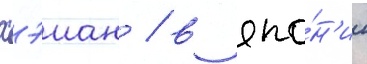
хэиан / в япо́н'ии